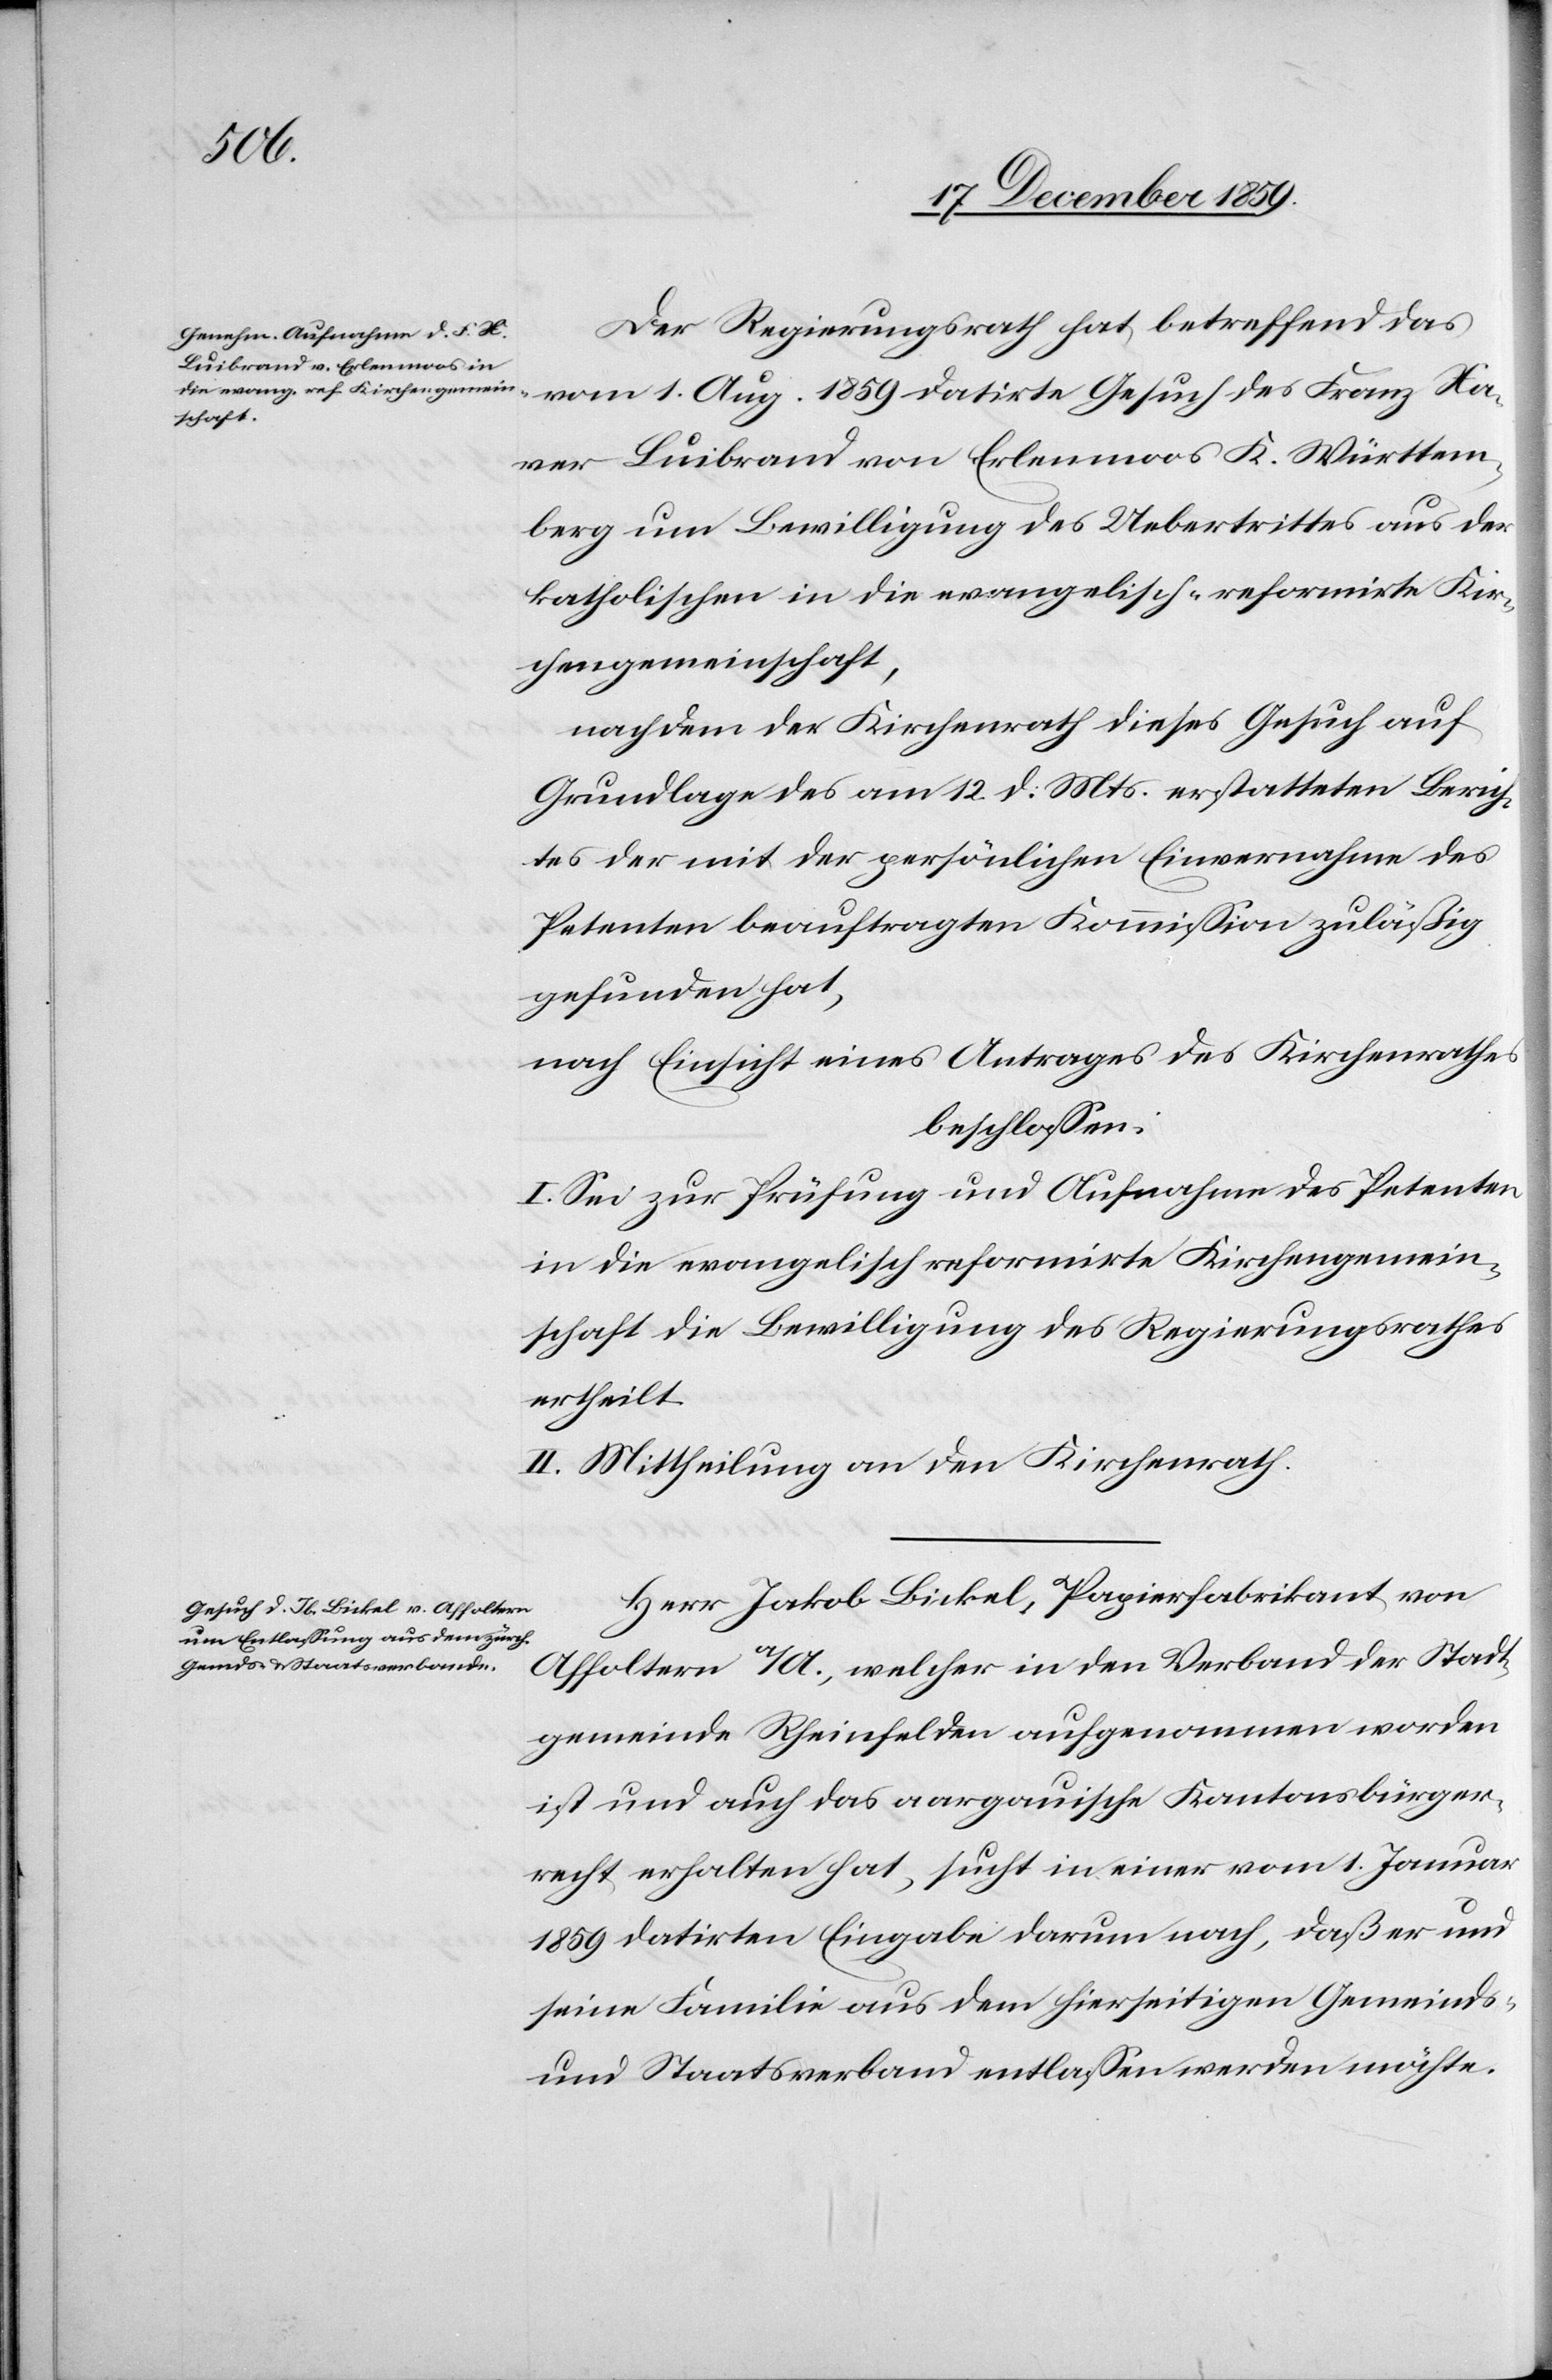
Der Regierungsrath hat betreffend das
vom 1. Aug. 1859 datirte Gesuch des Franz Xa¬
ver Luibrand von Erlenmoos K. Württem¬
berg um Bewilligung des Uebertrittes aus der
katholischen in die evangelisch-reformirte Kir¬
chengemeinschaft,
nachdem der Kirchenrath dieses Gesuch auf
Grundlage des am 12. d. Mts. erstatteten Berich¬
tes der mit der persönlichen Einvernahme des
Petenten beauftragten Kommission zuläßig
gefunden hat,
nach Einsicht eines Antrages des Kirchenrathes
beschlossen:
I. Sei zur Prüfung und Aufnahme des Petenten
in die evangelisch reformirte Kirchengemein¬
schaft die Bewilligung des Regierungsrathes
ertheilt.
II. Mittheilung an den Kirchenrath.
Herr Jakob Bickel, Papierfabrikant von
Affoltern a/A., welcher in den Verband der Stadt¬
gemeinde Rheinfelden aufgenommen worden
ist und auch das aargauische Kantonsbürger¬
recht erhalten hat, sucht in einer vom 1. Januar
1859 datirten Eingabe darum nach, daß er und
seine Familie aus dem hierseitigen Gemeinds-
und Staatsverband entlassen werden möchte.